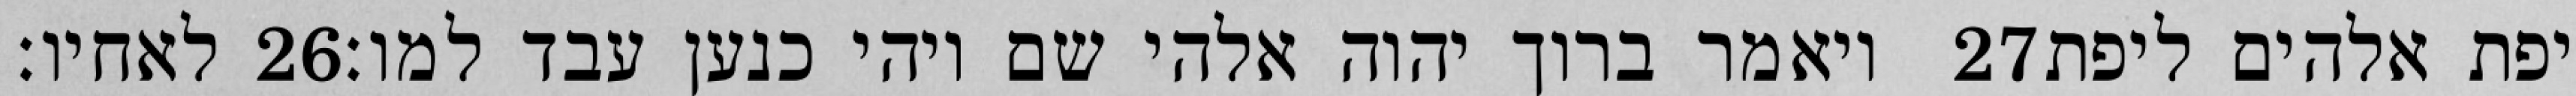
לאחיו׃ ‎26‏ ויאמר ברוך יהוה אלהי שם ויהי כנען עבד למו׃ ‎27‏ יפת אלהים ליפת